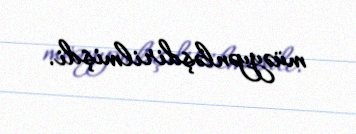
müəyyənləşdirilmişdi.